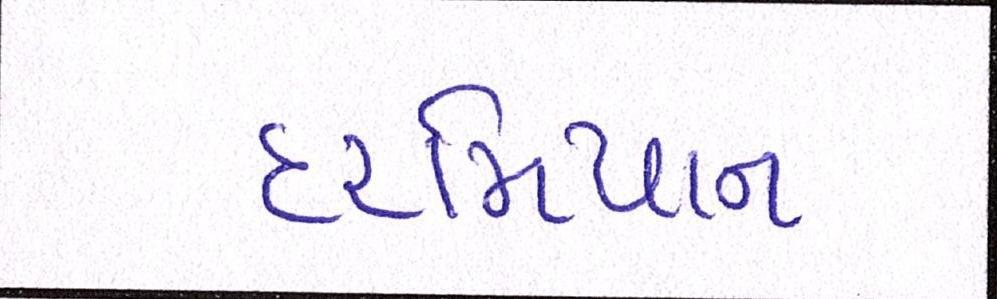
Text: દરમિયાન